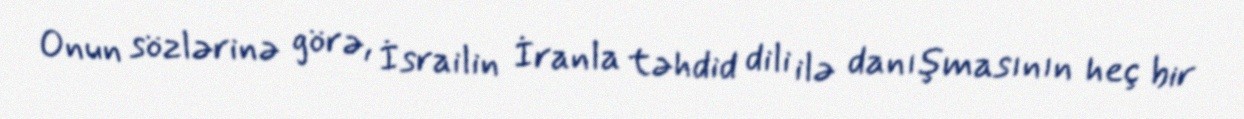
Onun sözlərinə görə, İsrailin İranla təhdid dili ilə danışmasının heç bir